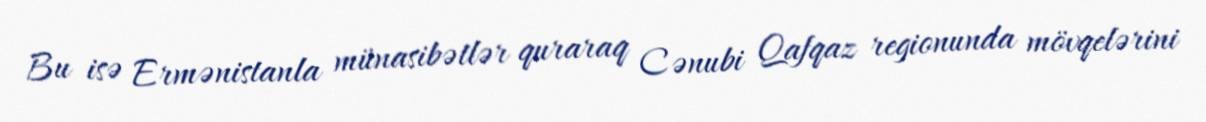
Bu isə Ermənistanla münasibətlər quraraq Cənubi Qafqaz regionunda mövqelərini